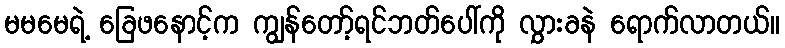
မမမေရဲ့ ခြေဖနောင့်က ကျွန်တော့်ရင်ဘတ်ပေါ်ကို လွှားခနဲ ရောက်လာတယ်။